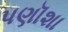
પણૉશા